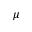
\mu